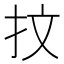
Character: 抆